Indian journal of veterinary science and animal husbandry - Volume 1,
Year: 1931
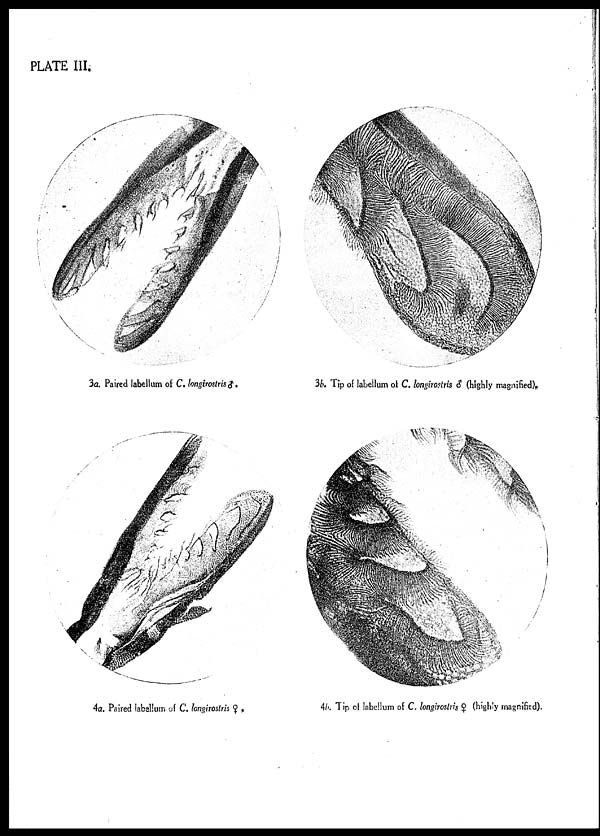
PLATE III.
3a. Paired labellum of C. longirostris ♂.
3b. Tip of labeilum of C. longirostris ♂ (highly magnified).
4a. Paired labellum of C. longirostris ♀.
4b. Tip of labellum of C. longirostris ♀ (highly magnified).